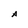
Character: A